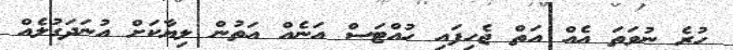
ހުރެ ނުވަތަ އެއް އަތް ޖެހިފައި ހުއްޓަސް އަނެއް އަތުން ލިޔާކަށް އުނަދަގުލެއް